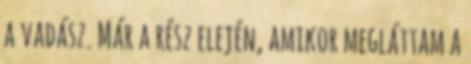
a vadász. Már a rész elején, amikor megláttam a